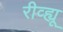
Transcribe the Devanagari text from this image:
रीव्ह्यू